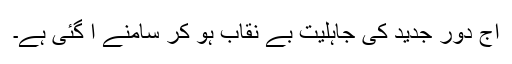
آج دور جدید کی جاہلیت بے نقاب ہو کر سامنے آ گئی ہے۔